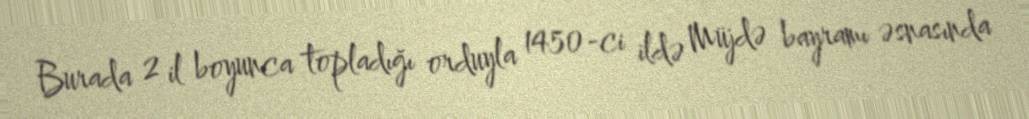
Burada 2 il boyunca topladığı orduyla 1450-ci ildə Müjdə bayramı əsnasında